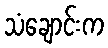
သံချောင်းက